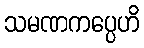
သမဏကပ္ပေဟိ